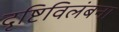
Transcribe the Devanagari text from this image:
दृष्टिविलंबना